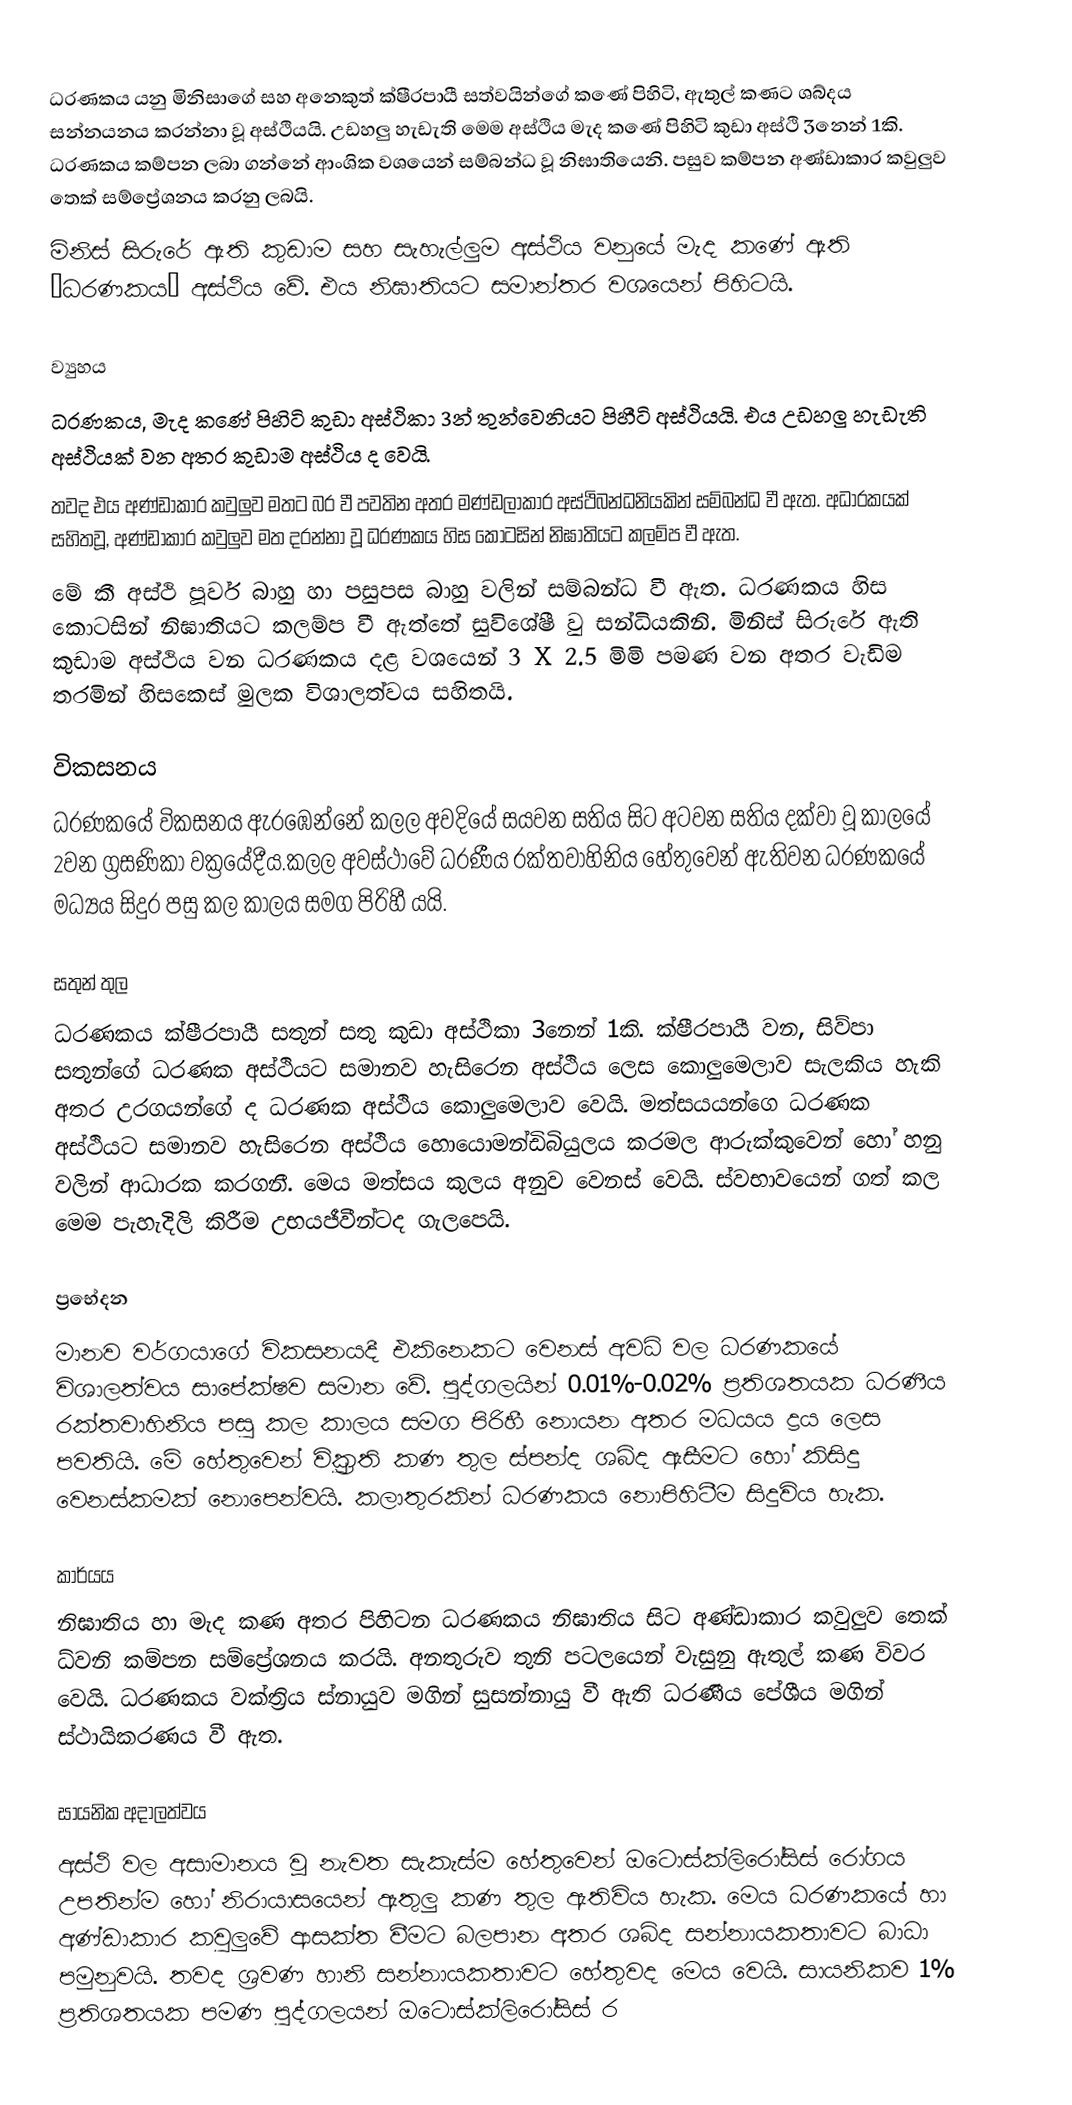
ධරණකය යනු මිනිසාගේ සහ අනෙකුත් ක්ෂීරපායී සත්වයින්ගේ කණේ පිහිටි, ඇතුල් කණට ශබ්දය සන්නයනය කරන්නා වූ අස්ථියයි. උඩහලු හැඩැති මෙම අස්ථිය මැද කණේ පිහිටි කුඩා අස්ථි 3නෙන් 1කි. ධරණකය කම්පන ලබා ගන්නේ ආංශික වශයෙන් සම්බන්ධ වූ නිඝාතියෙනි. පසුව කම්පන අණ්ඩාකාර කවුලුව තෙක් සම්ප්‍රේශනය කරනු ලබයි.
මිනිස් සිරුරේ ඇති කුඩාම සහ සැහැල්ලුම අස්ථිය වනුයේ මැද කණේ ඇති ‘ධරණකය’ අස්ථිය වේ. එය නිඝාතියට සමාන්තර වශයෙන් පිහිටයි.

ව‍‍්‍යුහය
ධරණකය, මැද කණේ පිහිටි කුඩා අස්ථිකා 3න් තුන්වෙනියට පිහීටි අස්ථියයි. එය උඩහලු හැඩැති අස්ථියක් වන අතර කුඩාම අස්ථිය ද වෙයි.
තවද එය අණ්ඩාකාර කවුලුව මතට බර වී පවතින අතර මණ්ඩලාකාර අස්ථිබන්ධනියකින් සම්බන්ධ වී ඇත. අධාරකයක් සහිතවූ, අණ්ඩාකාර කවුලුව මත දරන්නා වූ ධරණකය හිස කොටසින් නිඝාතියට කලම්ප වී ඇත.
මේ කී අස්ථි පූර්ව බාහු හා පසුපස බාහු වලින් සම්බන්ධ වී ඇත. ධරණකය හිස කොටසින් නිඝාතියට කලම්ප වී ඇත්තේ සුවිශේෂී වු සන්ධියකිනි. මිනිස් සිරුරේ ඇති කුඩාම අස්ථිය වන ධරණකය දළ වශයෙන් 3 X 2.5 මිමි පමණ වන අතර වැඩිම තරමින් හිසකෙස් මුලක විශාලත්වය සහිතයි.

විකසනය
ධරණකයේ විකසනය ඇරඹෙන්නේ කලල අවදියේ සයවන සතිය සිට අටවන සතිය දක්වා වූ කාලයේ 2වන ග්‍රසණිකා වක්‍රයේදීය.කලල අවස්ථාවේ ධරණීය රක්තවාහිනිය හේතුවෙන් ඇතිවන ධරණකයේ මධ්‍යය සිදුර පසු කල කාලය සමග පිරිහී යයි.

සතුන් තුල
ධරණකය ක්ෂීරපායී සතුන් සතු කුඩා අස්ථිකා 3නෙන් 1කි. ක්ෂීරපායී වන, සිව්පා සතුන්ගේ ධරණක අස්ථියට සමානව හැසිරෙන අස්ථිය ලෙස කොලුමෙලාව සැලකිය හැකි අතර උරගයන්ගේ ද ධරණක අස්ථිය කොලුමෙලාව වෙයි. මත්සයයන්ගෙ ධරණක අස්ථියට සමානව හැසිරෙන අස්ථිය හොයොමන්ඩිබියුලය කරමල ආරුක්කුවෙන් හෝ හනු වලින් ආධාරක කරගනී. මෙය මත්සය කුලය අනුව වෙනස් වෙයි. ස්වභාවයෙන් ගත් කල මෙම පැහැදිලි කිරීම උභයජීවීන්ටද ගැලපෙයි.

ප්‍රභේදන
මානව වර්ගයාගේ විකසනයදී එකිනෙකට වෙනස් අවධි වල ධරණකයේ විශාලත්වය සාපේක්ෂව සමාන වේ. පුද්ගලයින් 0.01%-0.02% ප්‍රතිශතයක ධරණීය රක්තවාහිනිය පසු කල කාලය සමග පිරිහී නොයන අතර මධයය ද්‍රය ලෙස පවතියි. මේ හේතුවෙන් වික්‍රුති කණ තුල ස්පන්ද ශබ්ද ඇසීමට හෝ කිසිදු වෙනස්කමක් නොපෙන්වයි. කලාතුරකින් ධරණකය නොපිහිටීම සිදුවිය හැක.

කාර්යය
නිඝාතිය හා මැද කණ අතර පිහිටන ධරණකය නිඝාතිය සිට අණ්ඩාකාර කවුලුව තෙක් ධ්වනි කම්පන සම්ප්‍රේශනය කරයි. අනතුරුව තුනි පටලයෙන් වැසුනු ඇතුල් කණ විවර වෙයි. ධරණකය වක්ත්‍රිය ස්නා‍‍යුව මගින් සුසන්නායු වී ඇති ධරණීය පේශීය මගින් ස්ථායිකරණය වී ඇත.

සායනික අදාලත්වය
අස්ථි වල අසාමාන‍ය වූ නැවත සැකැස්ම හේතුවෙන් ඔටොස්ක්ලිරෝසිස් රෝගය උපතින්ම හෝ  නිරායාසයෙන් ඇතුලු කණ තුල ඇතිවිය හැක. මෙය ධරණකයේ හා අණ්ඩාකාර කවුලුවේ ආසක්ත වීමට බලපාන අතර ශබ්ද සන්නායකතාවට බාධා පමුනුවයි. තවද ශ්‍රවණ හානි සන්නායකතාවට හේතුවද මෙය වෙයි. සායනිකව 1% ප්‍රතිශතයක පමණ පුද්ගලයන් ඔටොස්ක්ලිරෝසිස් ර